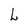
Character: L